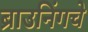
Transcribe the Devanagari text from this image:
ब्राउनिंगचे